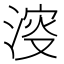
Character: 𣸈